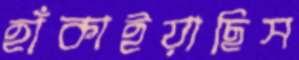
হাঁকাইয়াছিস